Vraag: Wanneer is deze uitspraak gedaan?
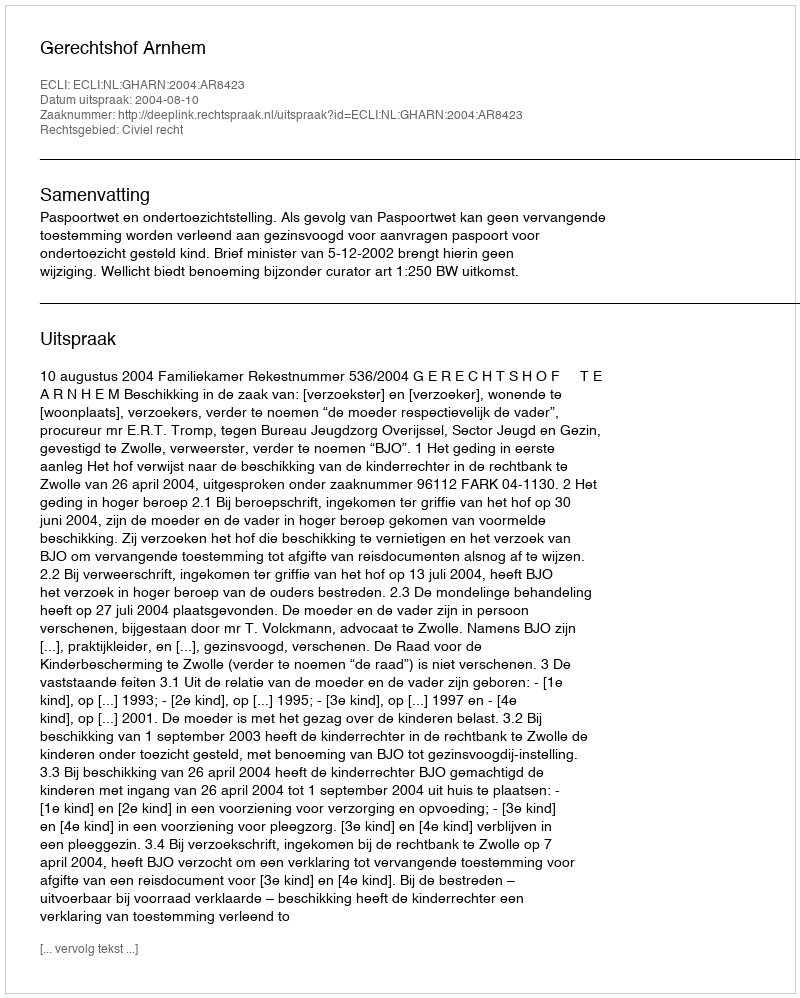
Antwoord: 2004-08-10